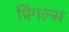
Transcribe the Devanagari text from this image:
प्रिंगल्स